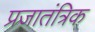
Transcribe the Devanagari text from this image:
प्रजातंत्रिक